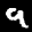
Label: 9